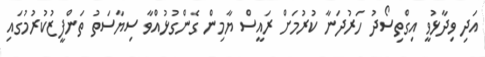
އަދި ވިދާޅުވީ އިގްތިސޯދު ހަރުދަނާ ކުރުމަށް ރައީސް ޔާމިން ގެންގުޅުއްވާ ސިޔާސަތު ތަންފީޒުކުރުމުގައި